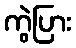
ကွဲပြား